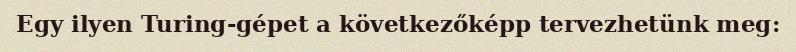
Egy ilyen Turing-gépet a következőképp tervezhetünk meg: